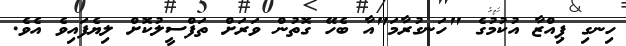
ހިނގި ޕިއްޒާ އުކުމުގެ "ހަނގުރާމަ"އާ ބެހޭ ގޮތުން ވަރަށް ތަފްސީލުކޮށް ލިޔެފައިވެ އެވެ.